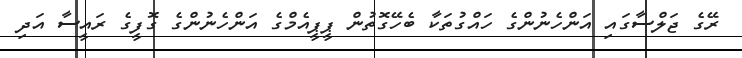
ރޭގެ ޖަލްސާގައި އަންހެނުންގެ ހައްގުތަކާ ބެހޭގޮތުން ޕީޕީއެމްގެ އަންހެނުންގެ ގޮފީގެ ރައީސާ އަދި